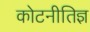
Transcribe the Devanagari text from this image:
कोटनीतिज्ञ